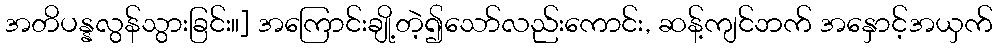
အတိပန္နလွန်သွားခြင်း။] အကြောင်းချို့တဲ့၍သော်လည်းကောင်း, ဆန့်ကျင်ဘက် အနှောင့်အယှက်